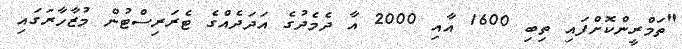
"ތަމްރީންކޮށްފައި ތިބި 1600 އާއި 2000 އާ ދެމެދުގެ އަދަދެއްގެ ޓެރަރިސްޓުން މުޒާހާރަގައި